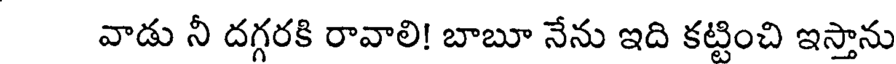
వాడు నీ దగ్గరకి రావాలి! బాబూ నేను ఇది కట్టించి ఇస్తాను